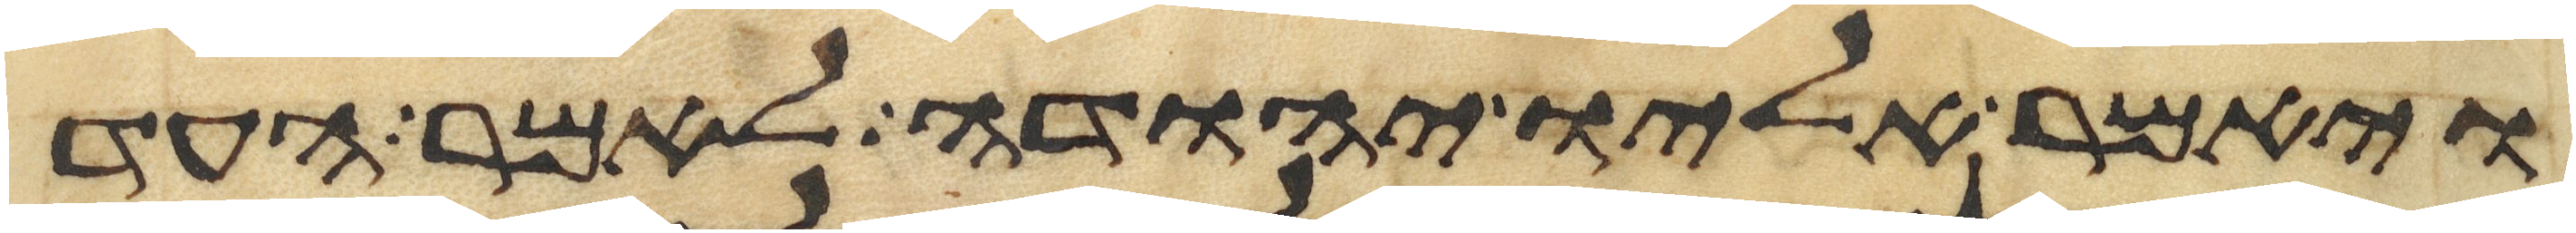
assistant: ויאמר אליו יהודה לאמר העד